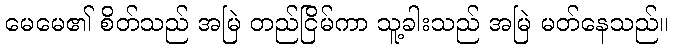
မေမေ၏ စိတ်သည် အမြဲ တည်ငြိမ်ကာ သူ့ခါးသည် အမြဲ မတ်နေသည်။